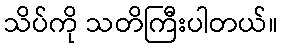
သိပ်ကို သတိကြီးပါတယ်။